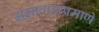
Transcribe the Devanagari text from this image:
झंझावाताप्रमाणे